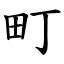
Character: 町